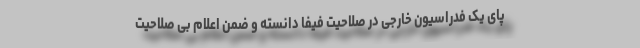
پای یک فدراسیون خارجی در صلاحیت فیفا دانسته و ضمن اعلام بی صلاحیت